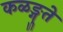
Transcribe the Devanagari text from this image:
कळङ्गुते